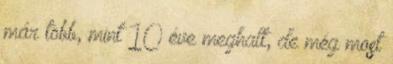
már több, mint 10 éve meghalt, de még most